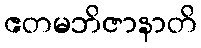
ဧတမဘိဇာနာတိ